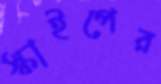
স্কাইপের